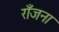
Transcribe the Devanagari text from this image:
राँजना